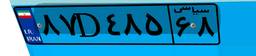
۲۸D۵۸۸۸۱